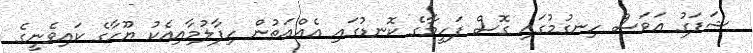
ޝަފަގު އަވަސް ހިނގުމުގައި ގޮސް ފަހީމާގެ ކޮނޑުގައި އެއްއަތުން ހިފާލުމާއިއެކު ޔޫހާގެ ކައިވެނީގެ